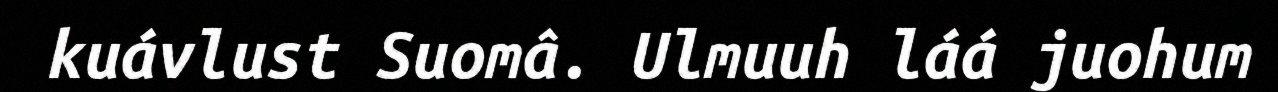
kuávlust Suomâ. Ulmuuh láá juohum